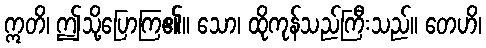
ဣတိ၊ ဤသို့ပြောကြ၏။ သော၊ ထိုကုန်သည်ကြီးသည်။ တေဟိ၊